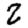
Digit: 2